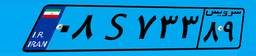
۹۱S۷۶۵۳۴